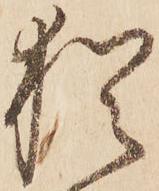
猶